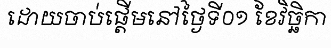
ដោយចាប់ផ្តើមនៅថ្ងៃទី០១ ខែវិច្ឆិកា